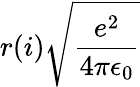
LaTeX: r(i)\sqrt{\frac{e^{2}}{4\pi\epsilon_{0}}}